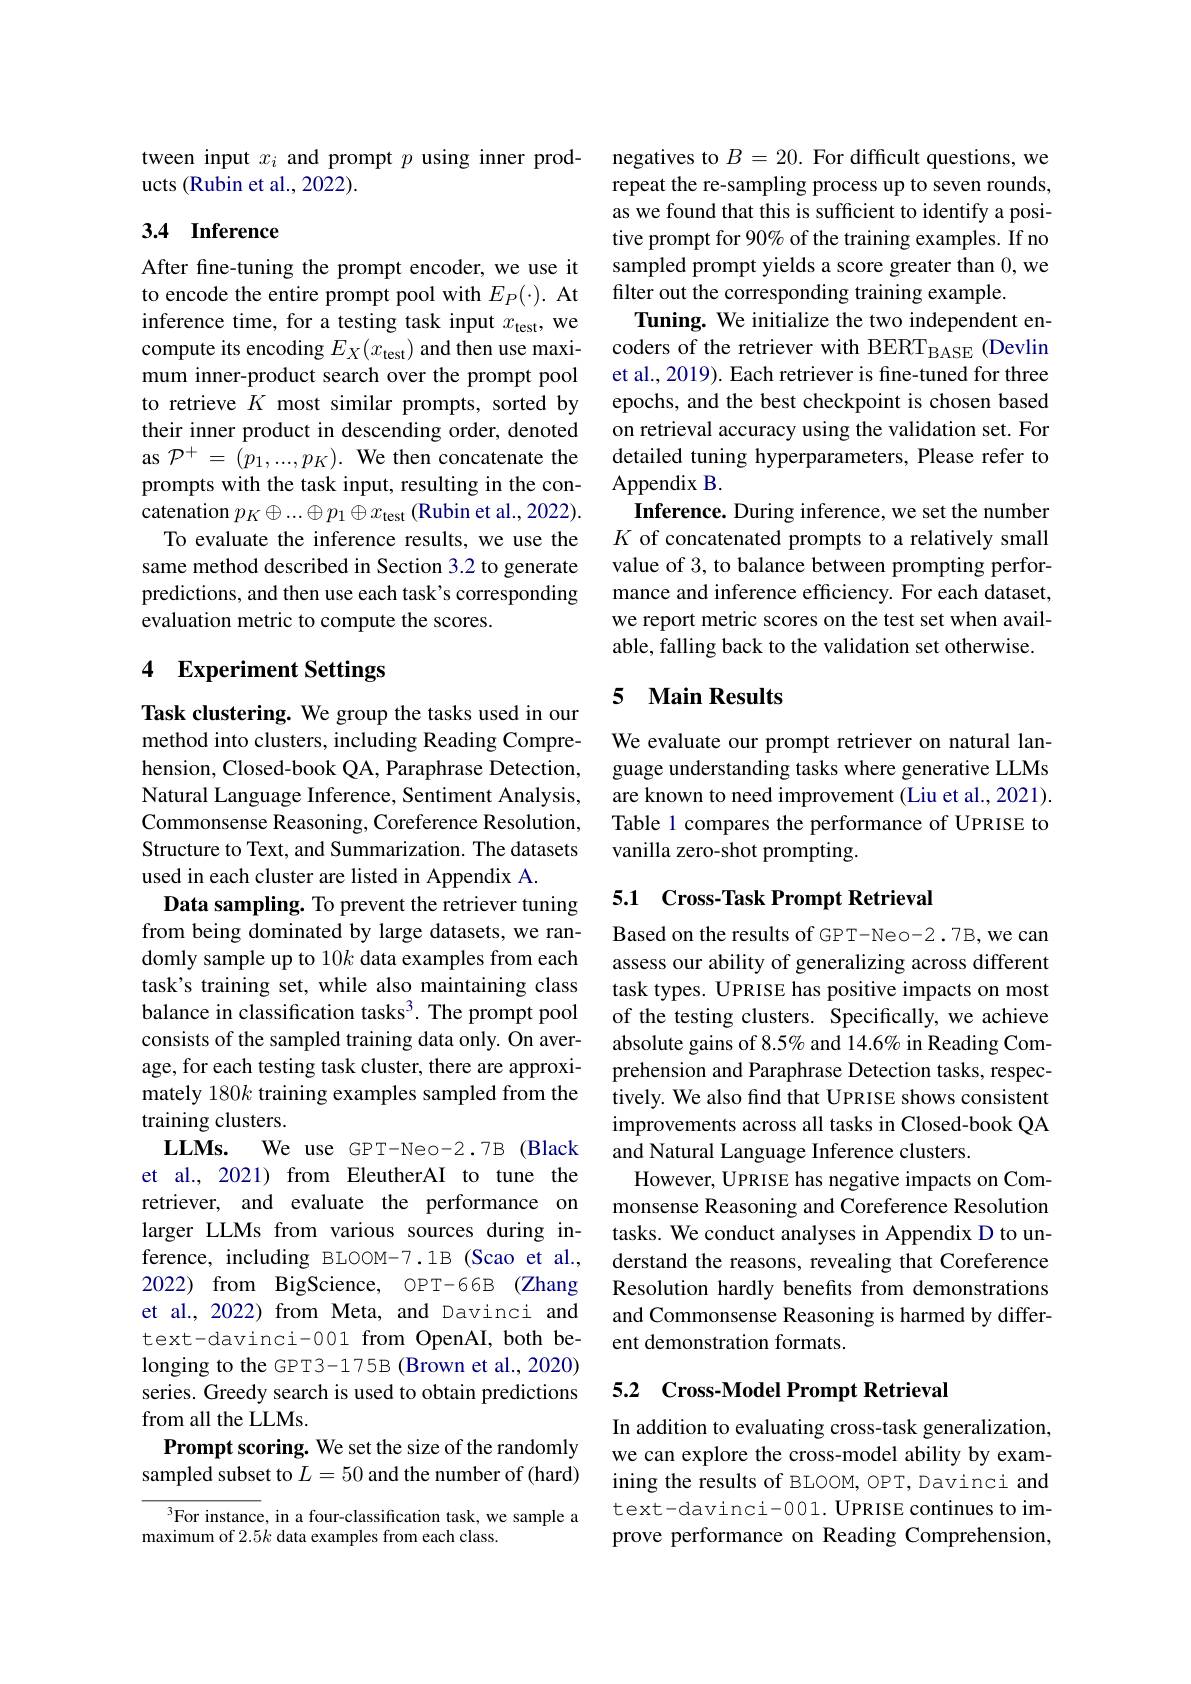
tween input $x_i$ and prompt $p$ using inner prod-
ucts (Rubin et al., 2022).

## 3.4 Inference

After fine-tuning the prompt encoder, we use it to encode the entire prompt pool with $E_P(\cdot).$ At inference time, for a testing task input $x_\mathrm{test}$, we compute its encoding $E_X(x_{\mathrm{test}})$ and then use maximum inner-product search over the prompt pool to retrieve $K$ most similar prompts, sorted by their inner product in descending order, denoted as $\mathcal{P}^+=(p_{1},...,p_{K}).$ We then concatenate the prompts with the task input, resulting in the concatenation $p_K\oplus...\oplus p_1\oplus x_{\mathrm{test}}$ (Rubin et al., 2022).
To evaluate the inference results, we use the same method described in Section 3.2 to generate predictions, and then use each task's corresponding evaluation metric to compute the scores.

## 4 Experiment Settings

Task clustering. We group the tasks used in our method into clusters, including Reading Comprehension, Closed-book QA, Paraphrase Detection, Natural Language Inference, Sentiment Analysis, Commonsense Reasoning, Coreference Resolution, Structure to Text, and Summarization. The datasets used in each cluster are listed in Appendix A.
Data sampling. To prevent the retriever tuning from being dominated by large datasets, we randomly sample up to 10k data examples from each task's training set, while also maintaining class balance in classification tasks$^3.$ The prompt pool consists of the sampled training data only. On average, for each testing task cluster, there are approximately 180k training examples sampled from the training clusters.
$\mathbf{LLMs.}$
We use GPT-Neo-2.7B (Black
et al., 2021) from EleutherAI to tune the retriever, and evaluate the performance on larger LLMs from various sources during inference, including BLOOM-7.1B (Scao et al., 2022) from BigScience, OPT-66B (Zhang et al., 2022) from Meta, and Davinci and text-davinci-001 from OpenAI, both belonging to the GPT3-175B (Brown et al., 2020) series. Greedy search is used to obtain predictions from all the LLMs.
Prompt scoring. We set the size of the randomly sampled subset to $L=50$ and the number of (hard)
$^3$For instance, in a four-classification task, we sample a

maximum of 2.5k data examples from each class.

negatives to $B=20.$ For difficult questions, we repeat the re-sampling process up to seven rounds, as we found that this is sufficient to identify a positive prompt for 90% of the training examples. If no sampled prompt yields a score greater than 0, we filter out the corresponding training example.
Tuning. We initialize the two independent encoders of the retriever with BERT$_\mathrm{BASE}$ (Devlin et al., 2019). Each retriever is fine-tuned for three epochs, and the best checkpoint is chosen based on retrieval accuracy using the validation set. For detailed tuning hyperparameters, Please refer to Appendix B.
Inference. During inference, we set the number $K$ of concatenated prompts to a relatively small value of 3, to balance between prompting performance and inference effciency. For each dataset, we report metric scores on the test set when available, falling back to the validation set otherwise.

### 5 Main Results

We evaluate our prompt retriever on natural language understanding tasks where generative LLMs are known to need improvement (Liu et al., 2021). Table 1 compares the performance of UPRISE to vanilla zero-shot prompting.

## 5.1 Cross-Task Prompt Retrieval

Based on the results of GPT-Neo-2.7B, we can assess our ability of generalizing across different task types. UPRISE has positive impacts on most of the testing clusters. Specifically, we achieve absolute gains of 8.5% and 14.6% in Reading Comprehension and Paraphrase Detection tasks, respectively. We also find that UPRISE shows consistent improvements across all tasks in Closed-book QA and Natural Language Inference clusters.
However, UPRISE has negative impacts on Commonsense Reasoning and Coreference Resolution tasks. We conduct analyses in Appendix D to understand the reasons, revealing that Coreference Resolution hardly benefits from demonstrations and Commonsense Reasoning is harmed by different demonstration formats.

## 5.2 Cross-Model Prompt Retrieval

In addition to evaluating cross-task generalization, we can explore the cross-model ability by examining the results of BLOOM, OPT, Davinci and text-davinci-001. UPRISE continues to improve performance on Reading Comprehension,